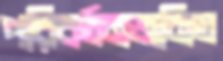
পরিবর্তনজনিত